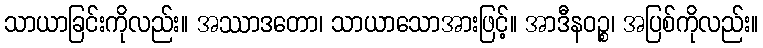
သာယာခြင်းကိုလည်း။ အဿာဒတော၊ သာယာသောအားဖြင့်။ အာဒီနဝဉ္စ၊ အပြစ်ကိုလည်း။